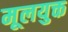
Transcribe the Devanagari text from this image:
मूलयुक्त